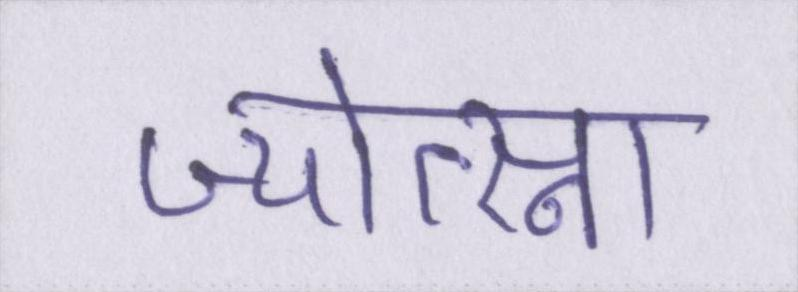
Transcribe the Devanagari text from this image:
ज्योत्स्ना